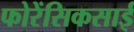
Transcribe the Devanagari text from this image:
फोरेंसिकसाई